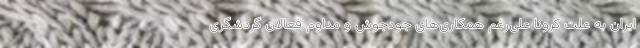
ایران به علت کرونا علی‌رغم همکاری‌های جودجوش و مداوم فعالان گردشگری